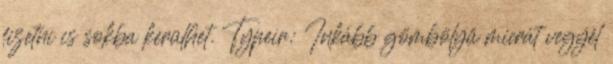
fizetni is sokba kerülhet. Typeir: Inkább gömbölyű micrát vegyél